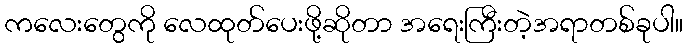
ကလေးတွေကို လေထုတ်ပေးဖို့ဆိုတာ အရေးကြီးတဲ့အရာတစ်ခုပါ။